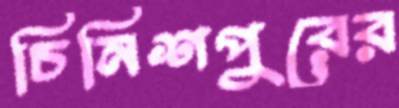
চিনিশপুরের